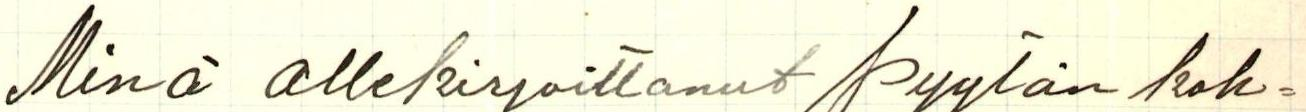
Minä allekirjoittanut pyytän koh=